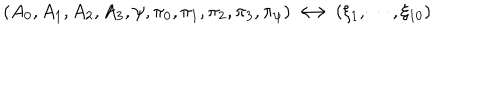
\left( A _ { 0 } , A _ { 1 } , A _ { 2 } , A _ { 3 } , \psi , \pi _ { 0 } , \pi _ { 1 } , \pi _ { 2 } , \pi _ { 3 } , \pi _ { \psi } \right) \longleftrightarrow \left( \xi _ { 1 } , \cdots , \xi _ { 1 0 } \right)